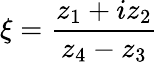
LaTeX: \xi={\frac{z_{1}+iz_{2}}{z_{4}-z_{3}}}